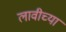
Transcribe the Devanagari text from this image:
लावीच्या